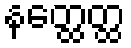
နတ္ထေတ္ထ